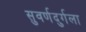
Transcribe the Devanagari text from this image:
सुवर्णदुर्गला